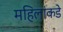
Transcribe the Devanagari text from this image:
महिलांकडे